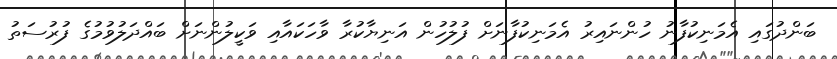
ބަންދުގައި އެމަނިކުފާނު ހުންނައިރު އެމަނިކުފާނަށް ފުލުހުން އަނިޔާކުރާ ވާހަކައާއި ވަކީލުންނަށް ބައްދަލުވުމުގެ ފުރުސަތު